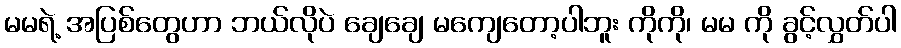
မမရဲ့ အပြစ်တွေဟာ ဘယ်လိုပဲ ချေချေ မကျေတော့ပါဘူး ကိုကို၊ မမ ကို ခွင့်လွှတ်ပါ